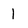
Character: l